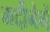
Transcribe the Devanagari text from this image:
मदीनेमें